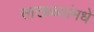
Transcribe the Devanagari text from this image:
साखळ्यांमधे